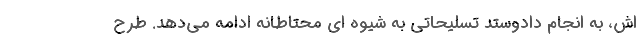
اش، به انجام دادوستد تسلیحاتی به شیوه ای محتاطانه‌ ادامه می‌دهد. طرح